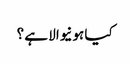
کیا ہونیوالا ہے ؟